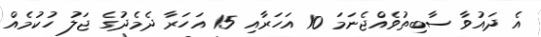
އެ ދައުވާ ސާބިތުވެއްޖެނަމަ 10 އަހަރާއި 15 އަހަރާ ދެމެދުގެ ޖަލު ހުކުމެއް